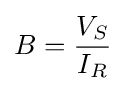
B={\frac {V_{S}}{I_{R}}}